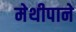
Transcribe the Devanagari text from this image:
मेथीपाने